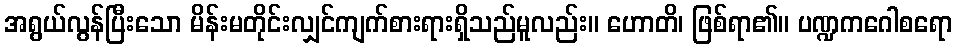
အရွယ်လွန်ပြီးသော မိန်းမတိုင်းလျှင်ကျက်စားရားရှိသည်မူလည်း။ ဟောတိ၊ ဖြစ်ရာ၏။ ပဏ္ဍကဂေါစရော